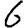
Digit: 6